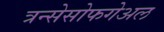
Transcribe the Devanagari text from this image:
त्रन्सेसोफगेअल